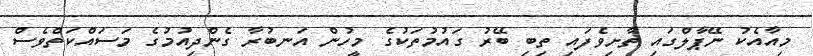
މިއާއެކު ނޭޕާލްގައި ތާށިވެފައި ތިބި ބޭރު ގައުމުތަކުގެ މީހުން އަނބުރާ ގެންދިއުމުގެ މަސައްކަތްވެސް